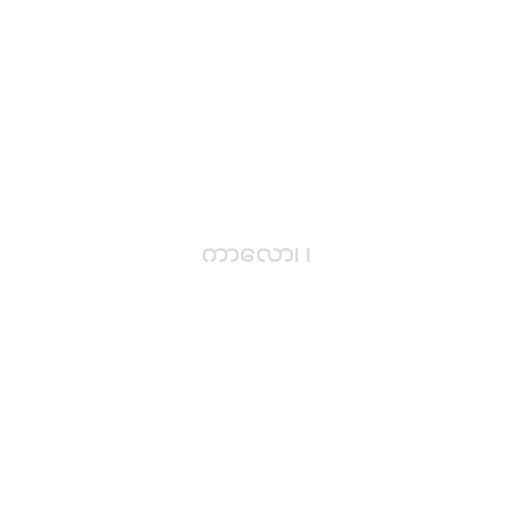
ကာလော၊ ၊